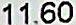
11.60